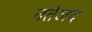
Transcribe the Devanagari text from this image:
नतेजद